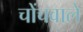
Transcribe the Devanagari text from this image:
चोंचवाले